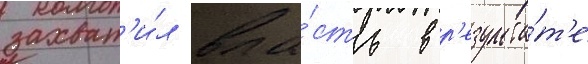
захват'и́л вла́сть в р'езульта́т'е